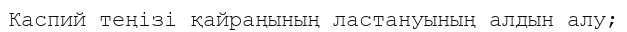
Каспий теңізі қайраңының ластануының алдын алу;